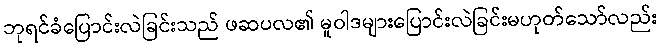
ဘုရင်ခံပြောင်းလဲခြင်းသည် ဖဆပလ၏ မူဝါဒများပြောင်းလဲခြင်းမဟုတ်သော်လည်း